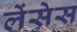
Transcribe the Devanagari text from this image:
लेंसेस